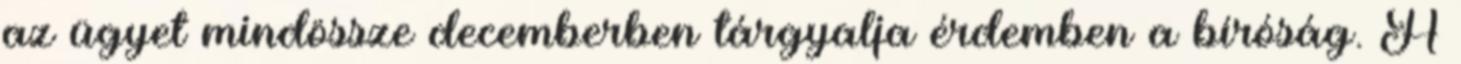
az ügyet mindössze decemberben tárgyalja érdemben a bíróság. A